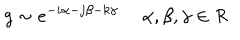
g \sim e ^ { - i \alpha - j \beta - k \gamma } \ \alpha , \beta , \gamma \in R